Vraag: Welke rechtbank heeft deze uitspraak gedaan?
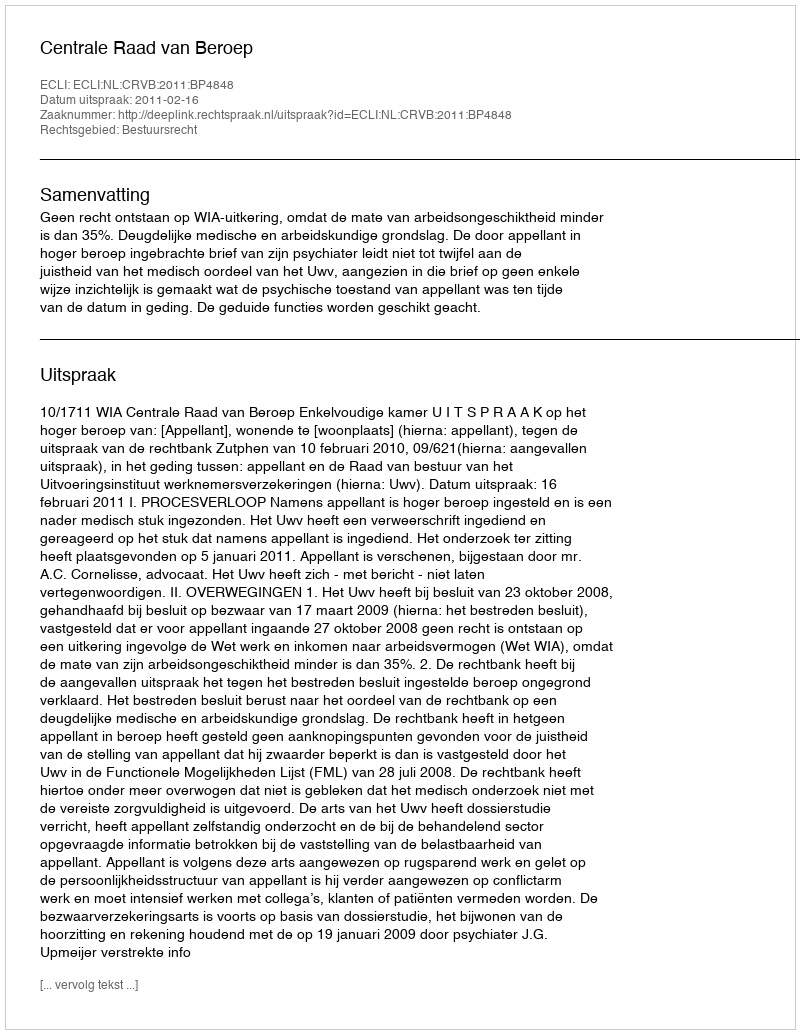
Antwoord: Centrale Raad van Beroep